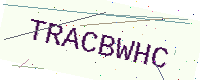
Text: TRACBWHC